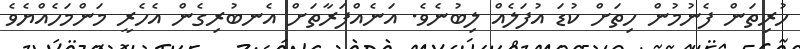
ހުރިތަން ފެނުމުން ހިތަށް ކުޑަ އުފަލެއް ލިބުނެވެ. އަނެއްފަރާތަށް އެނބުރިގެން އެހެރީ މަންމަހެއްޔެވެ